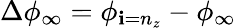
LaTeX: \Delta\phi_{\infty}=\phi_{\mathbf{i}=n_{z}}-\phi_{\infty}